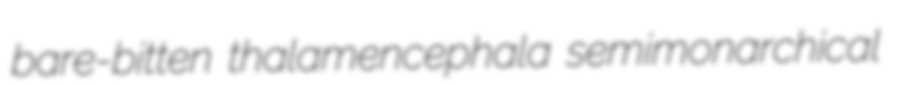
bare-bitten thalamencephala semimonarchical